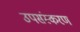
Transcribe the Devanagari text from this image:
उपसंस्करण